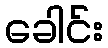
ခေါင်း